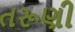
તરૂણી